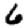
Digit: 6